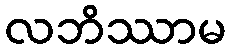
လဘိဿာမ